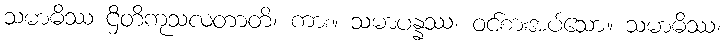
သမာဓိဿ ဌိတိကုသလတာတိ၊ ကား။ သမာပန္နဿ၊ ဝင်စားအပ်သော။ သမာဓိဿ၊